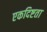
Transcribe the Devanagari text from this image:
एकदिष्टता